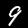
Label: 9